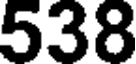
538